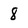
Character: 8